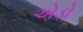
એડો